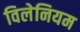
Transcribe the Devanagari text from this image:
विलेनियम